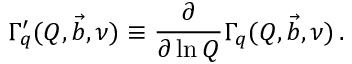
\Gamma _ { q } ^ { \prime } ( Q , \vec { b } , \nu ) \equiv \frac { \partial } { \partial \ln Q } \Gamma _ { q } ( Q , \vec { b } , \nu ) \, .